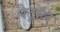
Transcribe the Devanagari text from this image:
पैट्रॉल